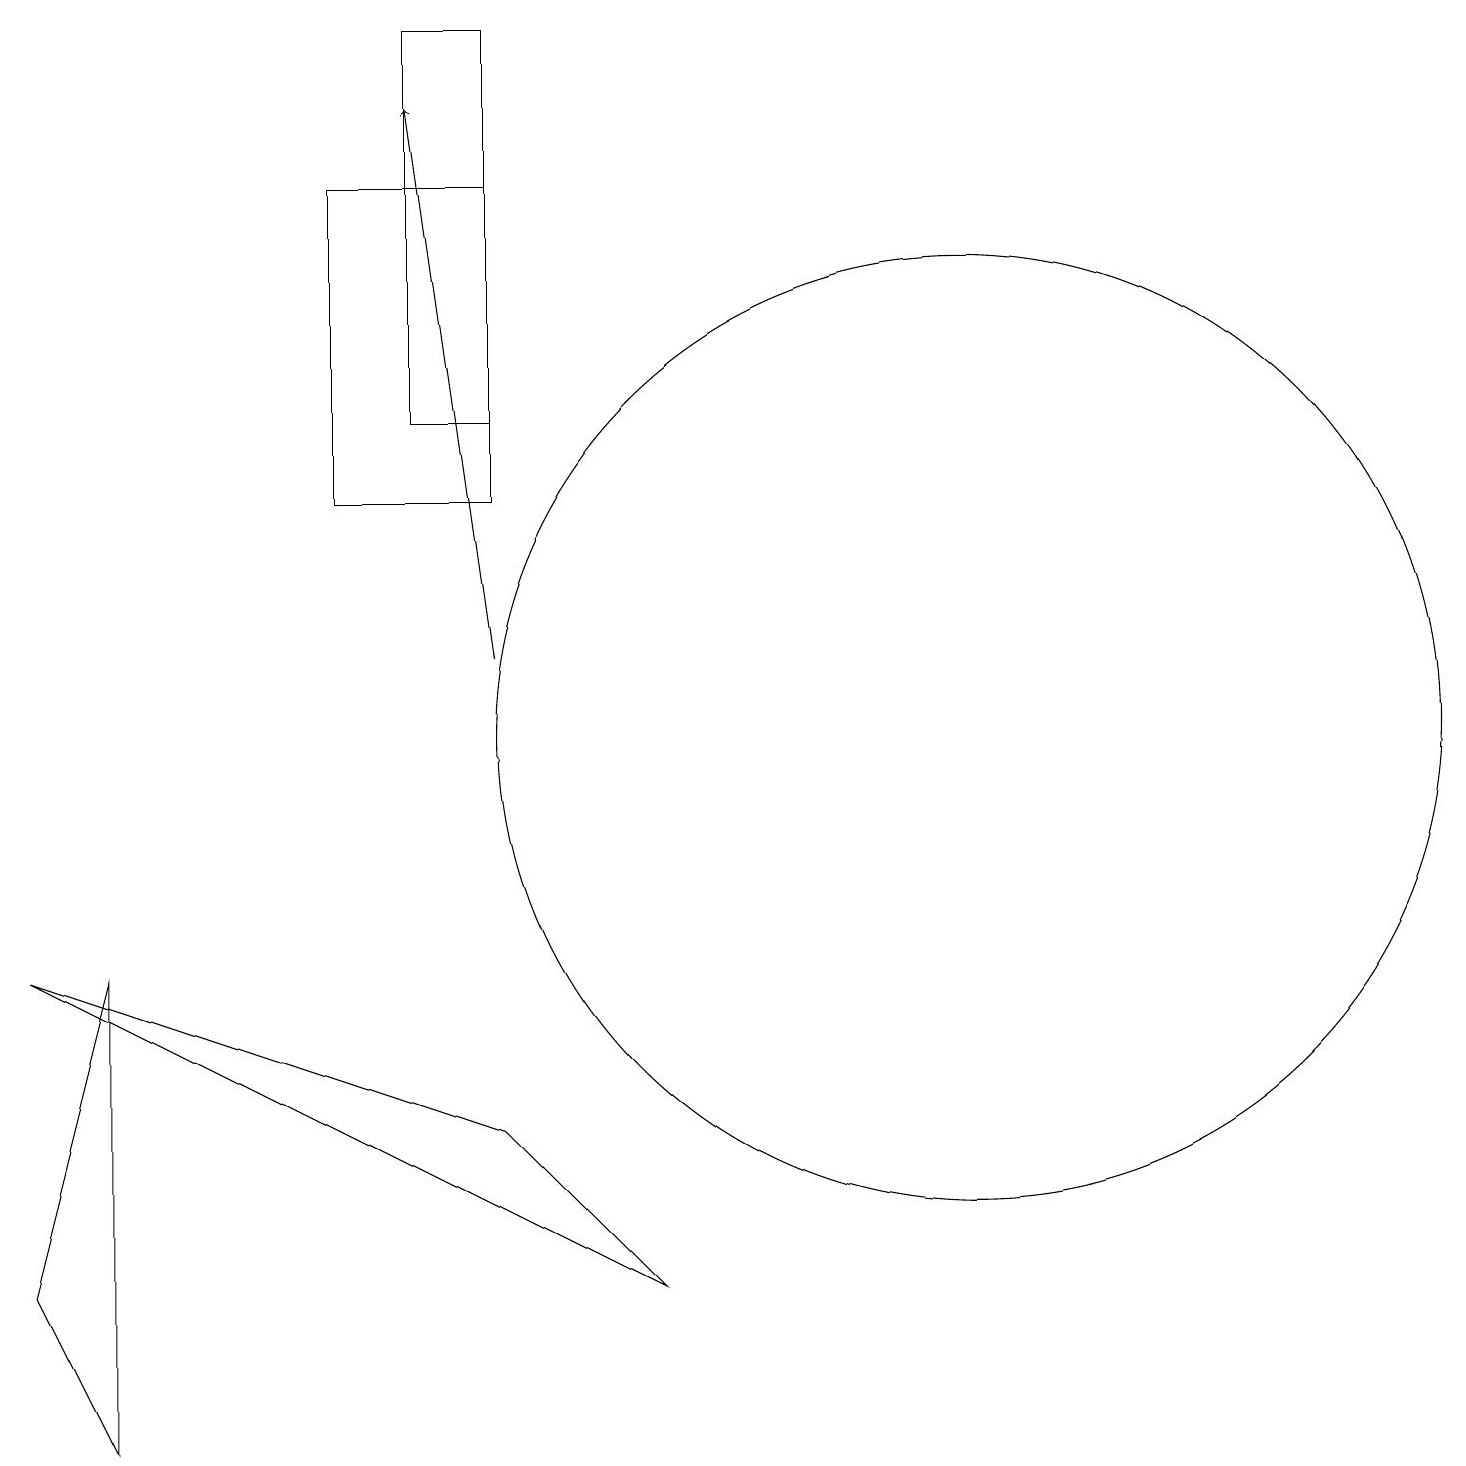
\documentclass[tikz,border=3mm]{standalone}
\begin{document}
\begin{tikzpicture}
\draw (6,14) rectangle (5,19);
\draw (8,3) -- (6,5) -- (0,7) -- cycle;
\draw (6,13) rectangle (4,17);
\draw (0,3) -- (1,7) -- (1,1) -- cycle;
\draw[->] (6,11) -- (5,18);
\draw (12,10) circle (6);
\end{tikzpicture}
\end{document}